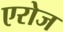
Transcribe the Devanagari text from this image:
एरोज